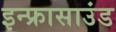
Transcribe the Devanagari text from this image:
इन्फ्रासाउंड